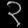
Digit: ၃